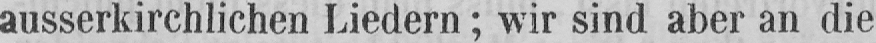
ausserkirchlichen Liedern; wir sind aber an die